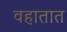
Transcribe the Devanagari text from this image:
वहातात